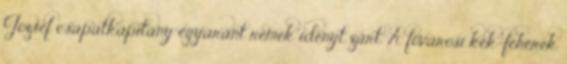
József csapatkapitány egyaránt remek idényt zárt. A fővárosi kék-fehérek